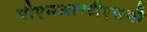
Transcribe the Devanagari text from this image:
पीएमआरटीएसपी